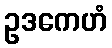
ဥဒကေဟံ